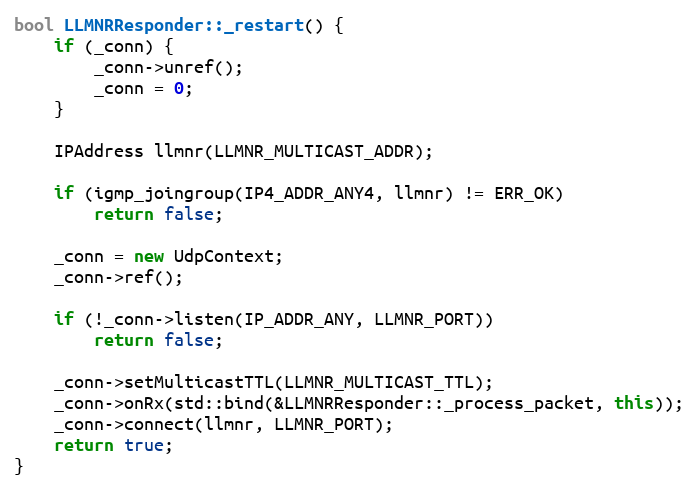
Language: C++
bool LLMNRResponder::_restart() {
    if (_conn) {
        _conn->unref();
        _conn = 0;
    }

    IPAddress llmnr(LLMNR_MULTICAST_ADDR);

    if (igmp_joingroup(IP4_ADDR_ANY4, llmnr) != ERR_OK)
        return false;

    _conn = new UdpContext;
    _conn->ref();

    if (!_conn->listen(IP_ADDR_ANY, LLMNR_PORT))
        return false;

    _conn->setMulticastTTL(LLMNR_MULTICAST_TTL);
    _conn->onRx(std::bind(&LLMNRResponder::_process_packet, this));
    _conn->connect(llmnr, LLMNR_PORT);
    return true;
}